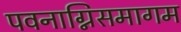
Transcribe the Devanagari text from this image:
पवनाग्निसमागम